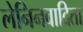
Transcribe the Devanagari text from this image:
लेनिनवादिता